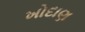
ખોદાણ